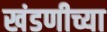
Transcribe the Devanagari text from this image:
खंडणीच्या